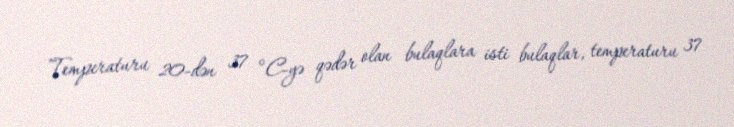
Temperaturu 20-dən 37 °C-yə qədər olan bulaqlara isti bulaqlar, temperaturu 37